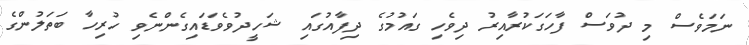
ނަމަވެސް މި ދުވަސް ފާހަގަކުރާއިރު ދިވެހި ގައުމުގެ ދިފާއުގައި ޝަހީދުވެވަޑައިގެންނެވި ހުރިހާ ބަތަލުންގެ